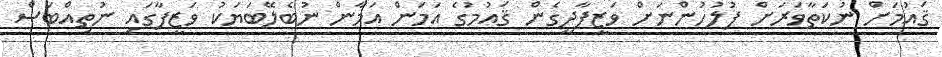
ޤައުމަށް ނުކަތާވަރަށް ފުލުހުންނަށް ވަޒީފާދީގެން ޤައުމުގެ އަމަން އަމާން ނުބެލޭބަޔަކު ވަޒީފާގައި ނުތިއްބަސް